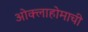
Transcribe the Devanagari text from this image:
ओक्लाहोमाची